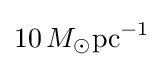
10\,M_{\odot }{\text{pc}}^{-1}